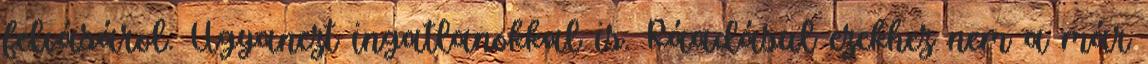
felvásárol. Ugyanezt ingatlanokkal is. Ráadásul ezekhez nem a már